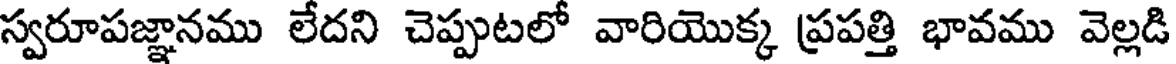
స్వరూపజ్ఞానము లేదని చెప్పుటలో వారియొక్క ప్రపత్తి భావము వెల్లడి